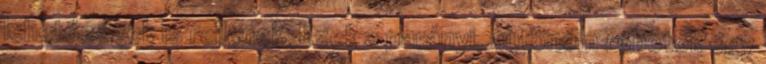
lehetőségek is rejlenek. Ezek a parányi, autonóm robotok egy